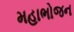
મહાભોજન